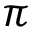
\pi